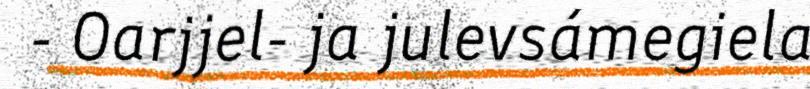
- Oarjjel- ja julevsámegiela